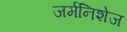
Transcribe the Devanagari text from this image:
जर्मनिशेज